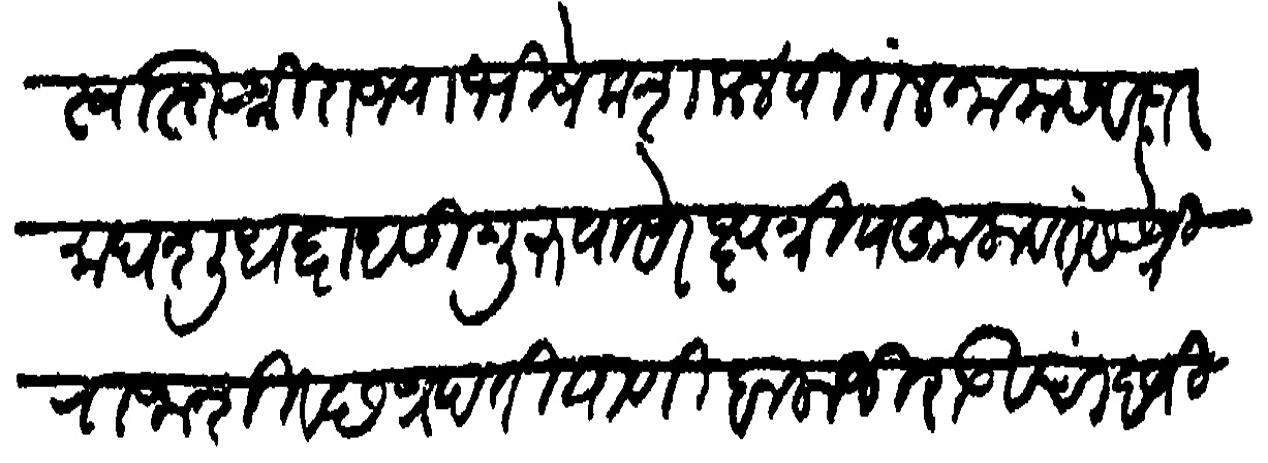
Transliteration (Devanagari): स्वस्तिश्री राज्याभिषेक शक ४ पिंगलनाम संवत्सर माघ शुध द्वादसी गुरुवासरे क्षत्रिये कुलवंतस श्री राजा शिवछत्रपति याणी बालाजीराऊ चांदजीराऊ